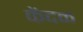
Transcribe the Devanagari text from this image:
केंदळ